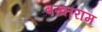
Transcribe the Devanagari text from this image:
बख्तराम